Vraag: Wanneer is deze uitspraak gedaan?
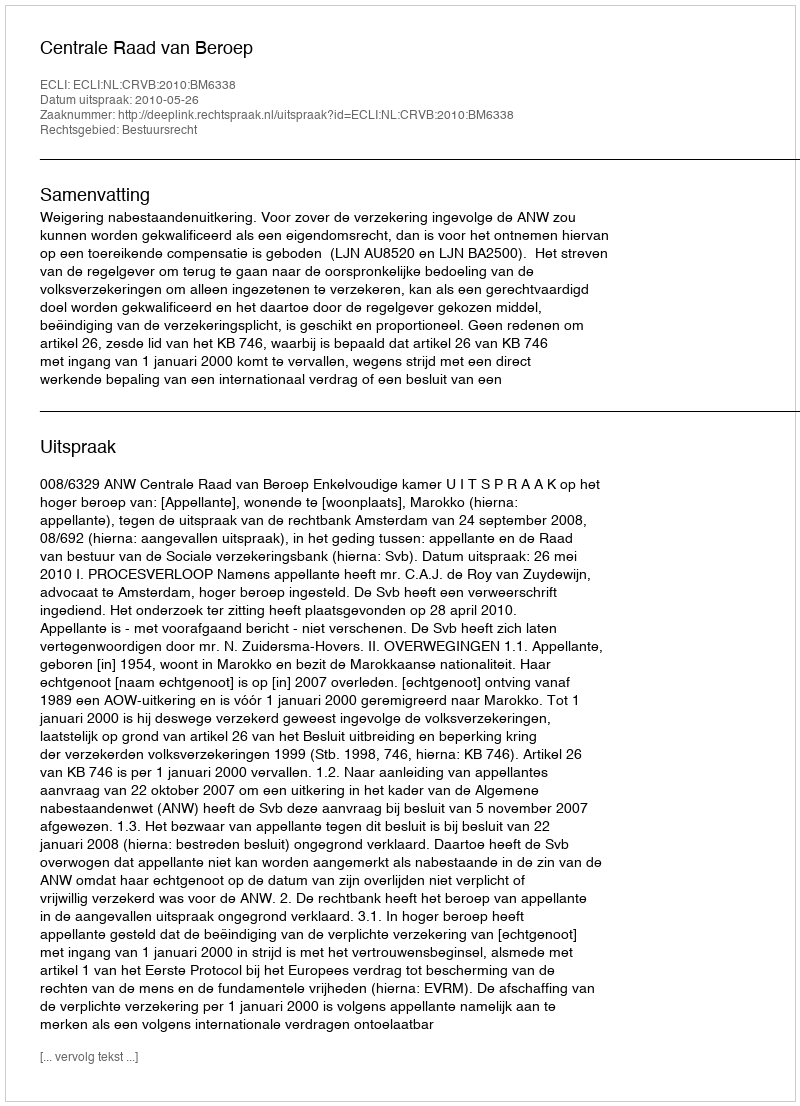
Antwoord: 2010-05-26